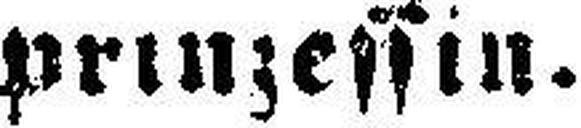
prinzessin.